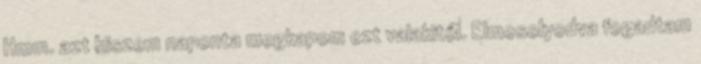
Hmm. azt hiszem naponta megkapom ezt valakitől. Elmosolyodva fogadtam